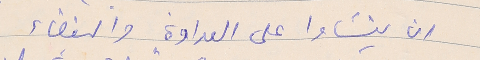
ان ينشاوا على العداوة والبغضاء